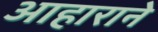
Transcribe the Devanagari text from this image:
आहाराने